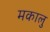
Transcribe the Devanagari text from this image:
मकालु